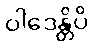
ဝါဒေန္တိပိ